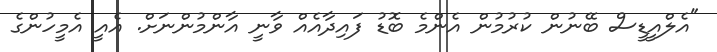
"އެލްއީޑީސް ބޭނުން ކުރުމުން އެންމެ ބޮޑު ފައިދާއެއް ވާނީ އާންމުންނަށް. އެއީ އެމީހުންގެ